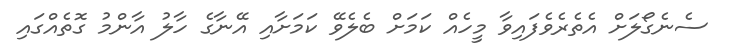
ސެނެގޯލަށް އެތެރެވެފައިވާ މީހެއް ކަމަށް ބެލެވޭ ކަމަށާއި އޭނާގެ ހާލު އާންމު ގޮތެއްގައި